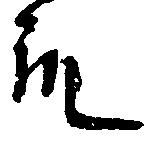
殿